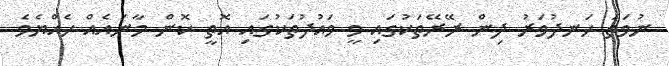
ނުވަތަ ހަނދުވަރު ދިން ރޭރޭތަކުގައި ވީ ވައުދުތަކުގައި އޮތީ ކޮން މާނައެއް ހެއްޔެވެ